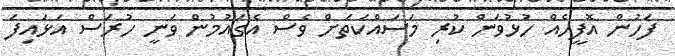
ފަހުން އޮފީހެއް ހުޅުވަން ކުރި މަސައްކަތަށް ވެސް އެގައުމުން ވަނީ ހުރަސް އަޅައިފަ